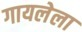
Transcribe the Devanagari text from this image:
गायलेला